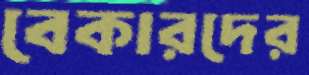
বেকারদের